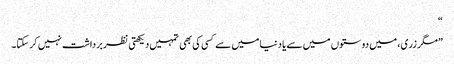
“
”مگر زری، میں دوستوں میں سے یا دنیا میں سے کسی کی بھی تمہیں دیکھتی نظر برداشت نہیں کر سکتا۔